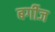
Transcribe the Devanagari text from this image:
बर्गीज